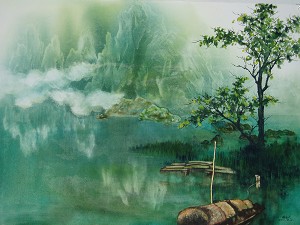
山光悦鸟性，潭影空人心。